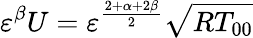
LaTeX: {\varepsilon}^{\beta}U={\varepsilon}^{\frac{2+\alpha+2\beta}{2}}\sqrt{RT_{00}}